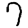
Digit: 7